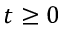
t \ge 0